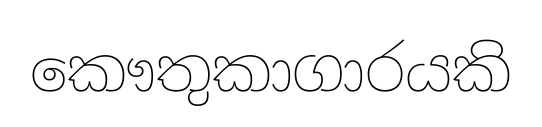
කෞතුකාගාරයකි